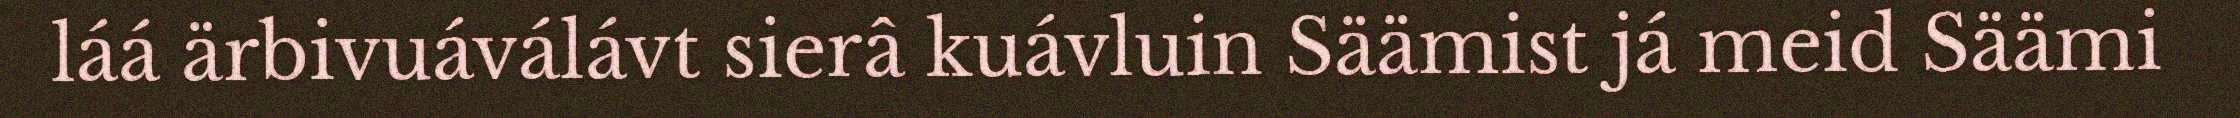
láá ärbivuáválávt sierâ kuávluin Säämist já meid Säämi